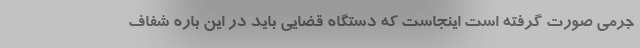
جرمی صورت گرفته است اینجاست که دستگاه قضایی باید در این باره شفاف